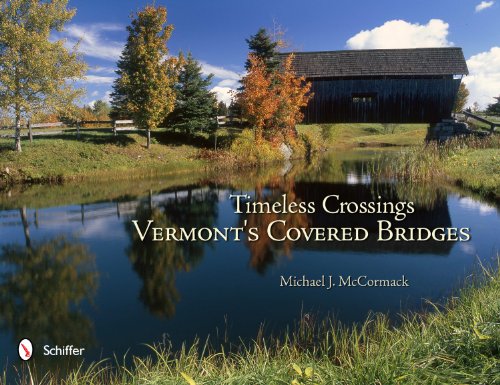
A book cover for Timeless Crossings: Vermont's Covered Bridges; Michael J. Mccormack; Arts & Photography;